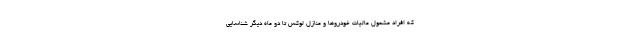
که افراد مشمول مالیات خودروها و منازل لوکس تا دو ماه دیگر شناسایی